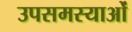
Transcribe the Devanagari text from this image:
उपसमस्याओं